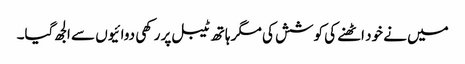
میں نے خود اٹھنے کی کوشش کی مگر ہاتھ ٹیبل پر رکھی دوائیوں سے الجھ گیا۔